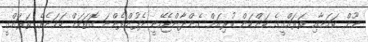
ނޫން ކަމަށާއި ތަރައްގީގެ ކަންކަން ކުރިއަށް ގެންދާންޖެހޭނީ ދެފުށްފެންނަ ގޮތަކަށް ކަމަށެވެ. ތަރައްގީ